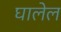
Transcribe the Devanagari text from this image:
घालेल